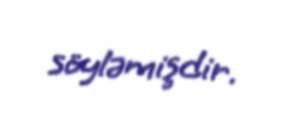
söyləmişdir.